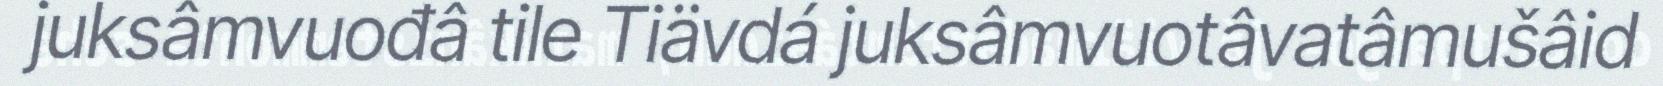
juksâmvuođâ tile Tiävdá juksâmvuotâvatâmušâid